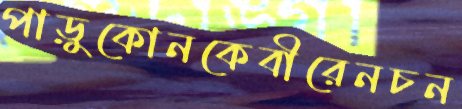
পাড়ুকোনকেবীরেনচন